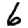
Digit: 6